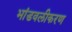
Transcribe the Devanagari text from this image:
भांडवलीकरण